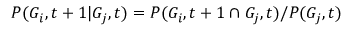
P ( G _ { i } , t + 1 | G _ { j } , t ) = P ( G _ { i } , t + 1 \cap G _ { j } , t ) / P ( G _ { j } , t )